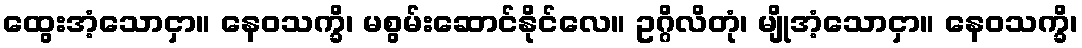
ထွေးအံ့သောငှာ။ နေဝသက္ခိ၊ မစွမ်းဆောင်နိုင်လေ။ ဥဂ္ဂိလိတုံ၊ မျိုအံ့သောငှာ။ နေဝသက္ခိ၊